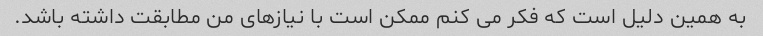
به همین دلیل است که فکر می کنم ممکن است با نیازهای من مطابقت داشته باشد.